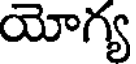
యోగ్య